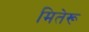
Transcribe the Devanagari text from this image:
मितेरू